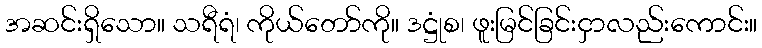
အဆင်းရှိသော။ သရီရံ၊ ကိုယ်တော်ကို။ ဒဋ္ဌုံစ၊ ဖူးမြင်ခြင်းငှာလည်းကောင်း။